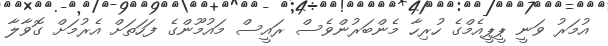
އުމަރު ވަނީ ޕީޕީއެމްގެ ހުރިހާ މެންބަރުންވެސް ރައީސް މައުމޫންގެ ފަހަތަށް އެރުމަށް ގޮވާލާ